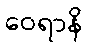
ဝေရာနိ